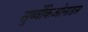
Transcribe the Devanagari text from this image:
सुब्वेंकिओनाडस